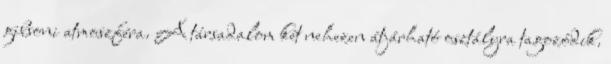
gibsoni atmoszféra. A társadalom két nehezen átjárható osztályra tagozódik.